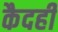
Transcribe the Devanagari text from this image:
कैदही